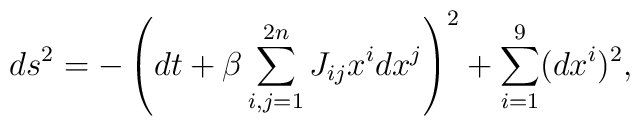
ds^2 = - \left( dt + \beta \sum_{i,j=1}^{2n} J_{ij} x^i dx^j \right)^2+ \sum_{i=1}^9 (dx^i)^2,